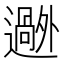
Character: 𬩟